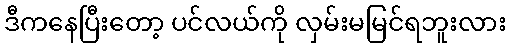
ဒီကနေပြီးတော့ ပင်လယ်ကို လှမ်းမမြင်ရဘူးလား